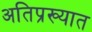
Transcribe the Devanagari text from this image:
अतिप्रख्यात